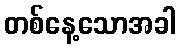
တစ်နေ့သောအခါ